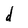
Character: d